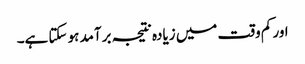
اور کم وقت میں زیادہ نتیجہ برآمد ہو سکتا ہے۔